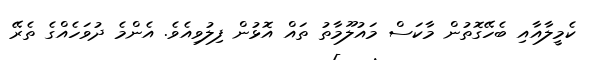
ކެމީލާއާއި ބެހޭގޮތުން މާކަސް މައުލޫމާތު ތައް އޮޅުން ފިލުވިއެވެ. އެންމެ ދުވަހެއްގެ ތެރޭ